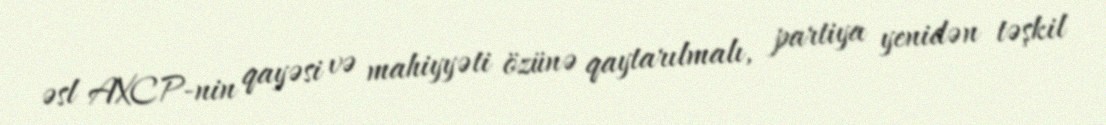
əsl AXCP-nin qayəsi və mahiyyəti özünə qaytarılmalı, partiya yenidən təşkil